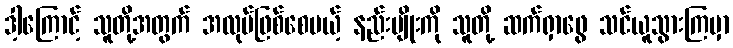
ဒါ့ကြောင့် သူတို့အတွက် အလုပ်ဖြစ်စေမယ့် နည်းမျိုးကို သူတို့ ဆက်ရှာဖွေ သင်ယူသွားကြမှာ